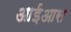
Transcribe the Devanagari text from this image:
आईआस